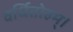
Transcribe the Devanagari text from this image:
वर्धितोहम्।